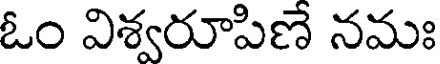
ఓం విశ్వరూపిణే నమః